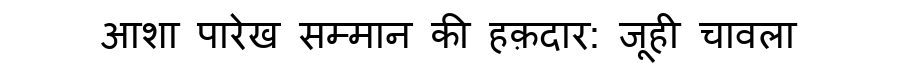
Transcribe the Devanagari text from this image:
आशा पारेख सम्मान की हक़दार: जूही चावला